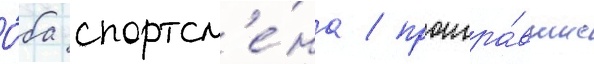
О́ба спортсм'е́на / проигра́вшие